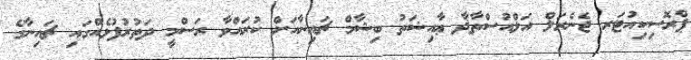
ޕްރޮސިކިއުޓަރ ޖެނެރަލް އަލްއުސްތާޛާ ޢާއިޝަތު ބިޝާމް ޗައިނާއަށް ކުރައްވާ ރަސްމީ ދަތުރުފުޅެއްގައި ޗައިނާގެ